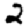
Digit: 2